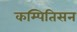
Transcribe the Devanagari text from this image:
कम्पितिसन